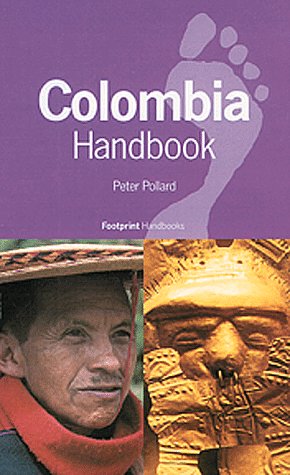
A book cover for Footprint Colombia Handbook: The Travel Guide; Peter Pollard; Travel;